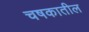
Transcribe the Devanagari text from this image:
चषकातील